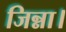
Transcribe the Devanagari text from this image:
जिन्ना।